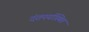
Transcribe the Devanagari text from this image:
दंतपर्यास्थित